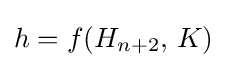
h=f(H_{n+2},\,K)